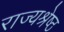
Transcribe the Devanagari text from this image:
राज्यश्रेष्ठ